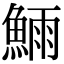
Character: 𬵗